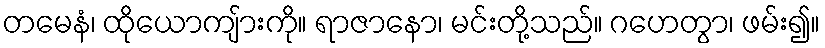
တမေနံ၊ ထိုယောကျ်ားကို။ ရာဇာနော၊ မင်းတို့သည်။ ဂဟေတွာ၊ ဖမ်း၍။